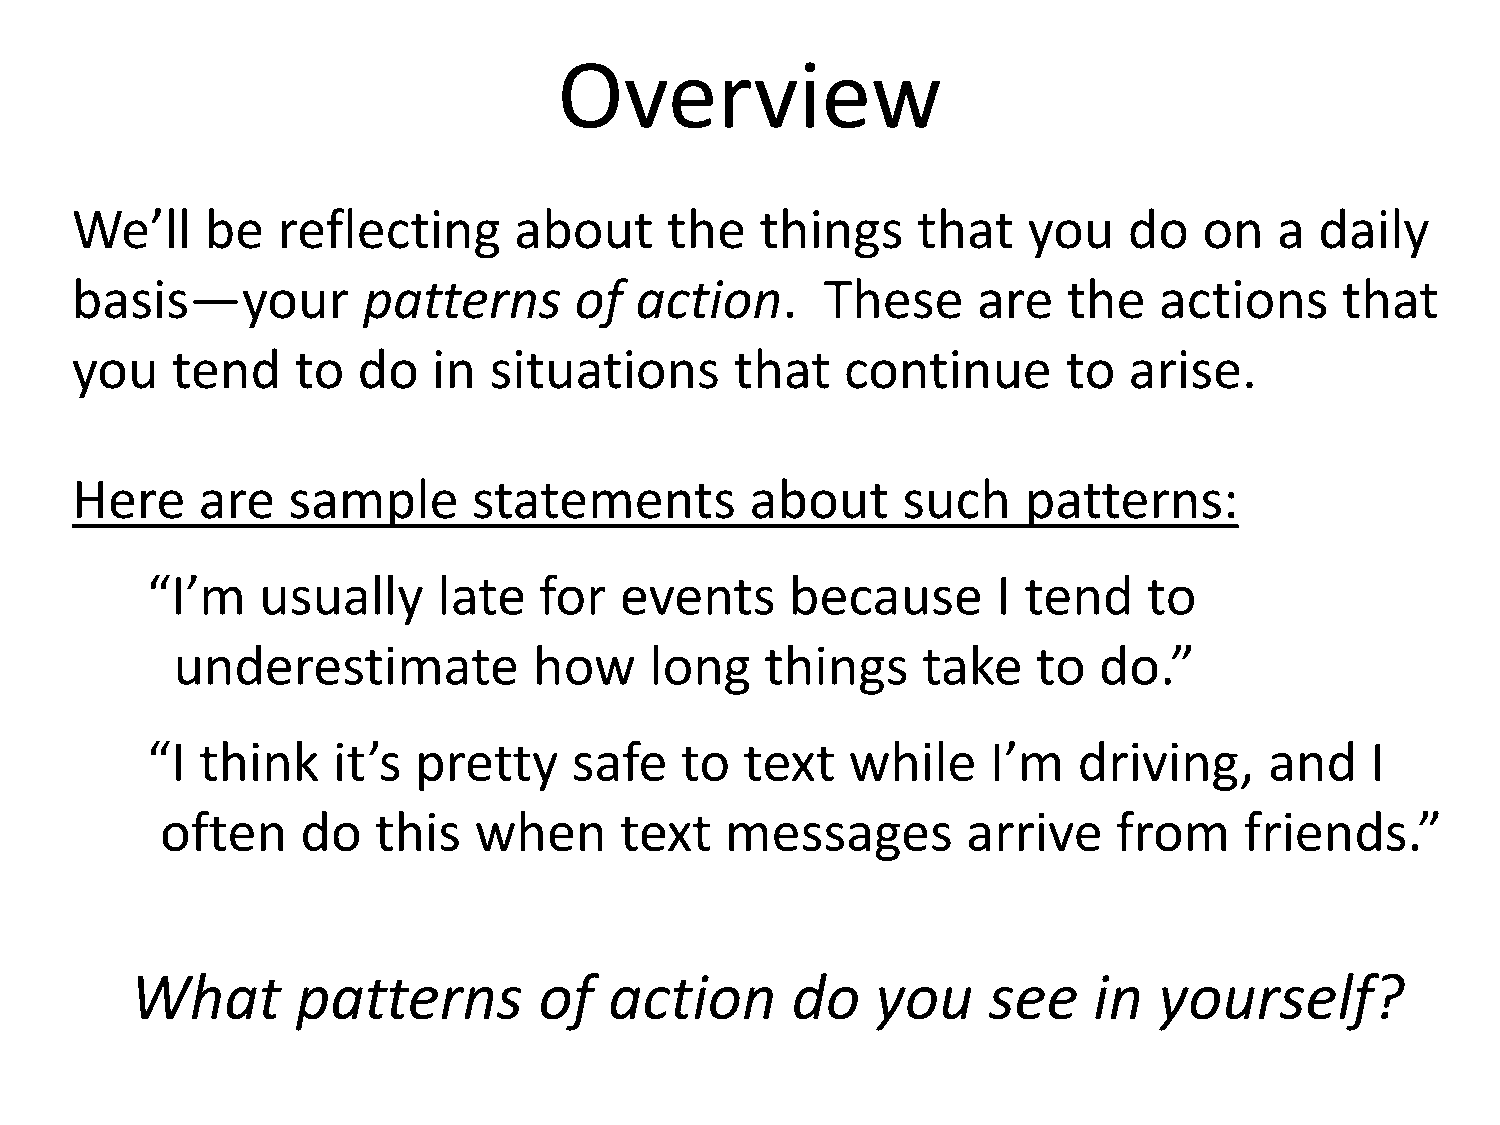
Overview
 We’ll    be  reflecting      about     the   things     that   you    do   on   a daily
 basis—your         patterns      of  action.      These     are   the   actions     that
 you   tend     to  do   in situations       that   continue       to  arise.
 Here    are   sample      statements         about     such    patterns:
 “I’m   usually     late   for  events     because       I tend    to
 underestimate           how     long    things    take    to  do.”
 “I think    it’s pretty     safe   to  text   while     I’m  driving,     and    I
 often    do   this  when      text   messages        arrive    from    friends.”
 What       patterns        of  action      do    you    see    in   yourself?